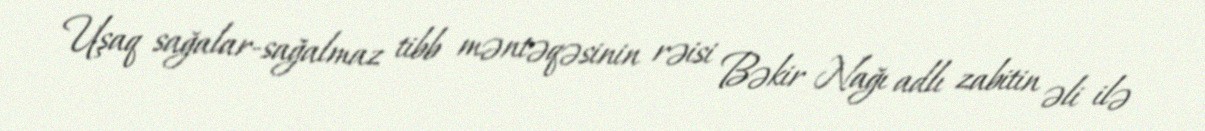
Uşaq sağalar-sağalmaz tibb məntəqəsinin rəisi Bəkir Nağı adlı zabitin əli ilə